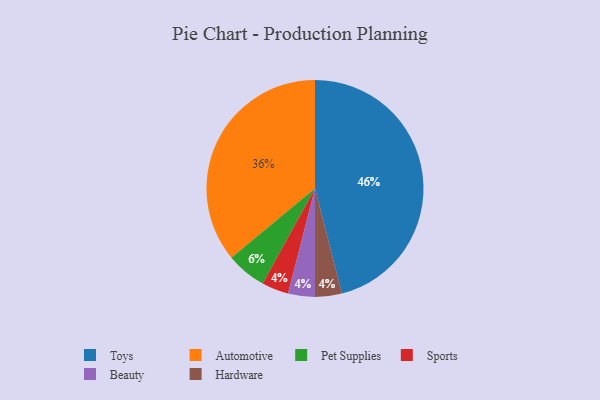
{"axis": {"x": "Category", "y": "Percentage"}, "legend": ["Automotive", "Beauty", "Hardware", "Pet Supplies", "Sports", "Toys"], "data": [{"x": "Sports", "y": 4, "type": "Sports"}, {"x": "Beauty", "y": 4, "type": "Beauty"}, {"x": "Hardware", "y": 4, "type": "Hardware"}, {"x": "Automotive", "y": 36, "type": "Automotive"}, {"x": "Pet Supplies", "y": 6, "type": "Pet Supplies"}, {"x": "Toys", "y": 46, "type": "Toys"}]}